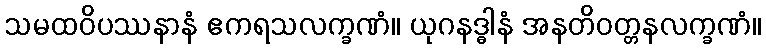
သမထဝိပဿနာနံ ဧကရသလက္ခဏံ။ ယုဂနဒ္ဓါနံ အနတိဝတ္တနလက္ခဏံ။